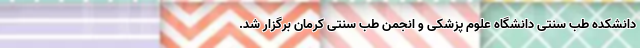
دانشکده طب سنتی دانشگاه علوم پزشکی و انجمن طب سنتی کرمان برگزار شد.